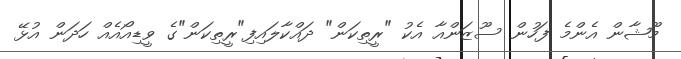
މޫޝާން އެންމެ ފަހުން ސޫޒަންއާ އެކު "ރީތިކަން" ދައްކާލައިފި"ރީތިކަން"ގެ ވީޑިއޯއެއް ހަދަން އުޅޭ